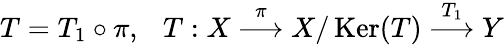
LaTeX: T=T_{1}\circ\pi,\ \ \ T:X\ {\overset{\pi}{\longrightarrow}}\ X/\operatorname{Ker}(T)\ {\overset{T_{1}}{\longrightarrow}}\ Y